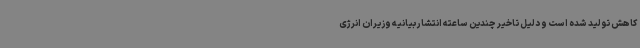
کاهش تولید شده است و دلیل تاخیر چندین ساعته انتشار بیانیه وزیران انرژی